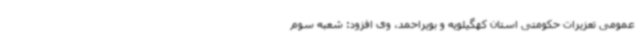
عمومی تعزیرات حکومتی استان کهگیلویه و بویراحمد، وی افزود: شعبه سوم